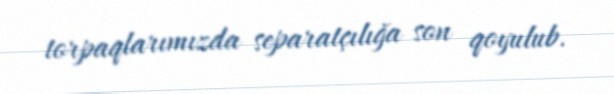
torpaqlarımızda separatçılığa son qoyulub.